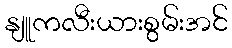
နျူကလီးယားစွမ်းအင်